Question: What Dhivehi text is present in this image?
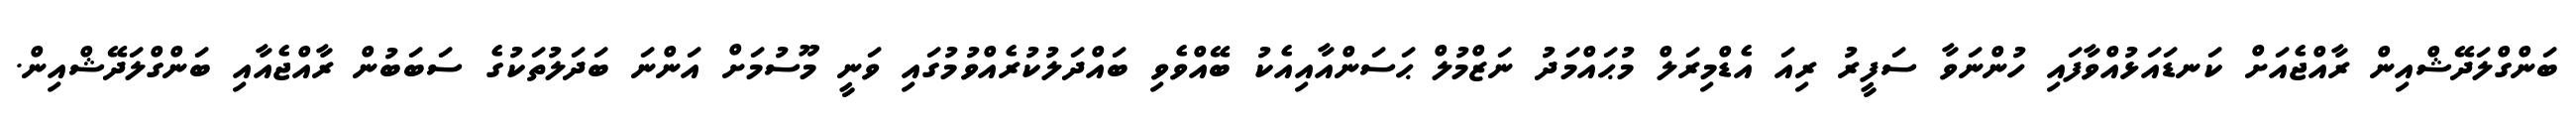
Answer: ބަންގްލަދޭޝްއިން ރާއްޖެއަށް ކަނޑައަޅުއްވާފައި ހުންނަވާ ސަފީރު ރިއަ އެޑްމިރަލް މުޙައްމަދު ނަޒްމުލް ޙަސަންއާއިއެކު ބޭއްވެވި ބައްދަލުކުރެއްވުމުގައި ވަނީ މޫސުމަށް އަންނަ ބަދަލުތަކުގެ ސަބަބުން ރާއްޖެއާއި ބަންގްލަދޭޝްއިން.